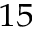
^ { 1 5 }